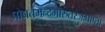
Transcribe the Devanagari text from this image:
प्रोद्यतमन्दमारुतरजःप्राप्ता